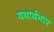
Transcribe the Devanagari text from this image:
यथार्थभाव